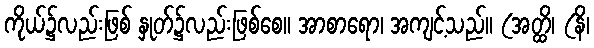
ကိုယ်၌လည်းဖြစ် နှုတ်၌လည်းဖြစ်စေ။ အာစာရော၊ အကျင့်သည်။ (အတ္ထိ၊ (နိ၊